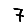
Digit: 7